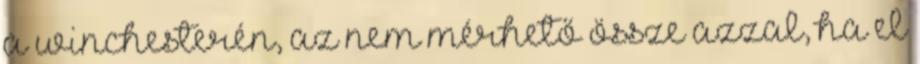
a winchesterén, az nem mérhető össze azzal, ha el